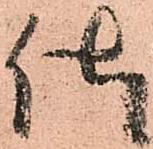
仕